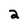
Character: 2